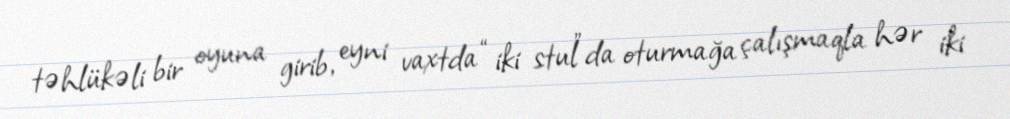
təhlükəli bir oyuna girib, eyni vaxtda “iki stul”da oturmağa çalışmaqla hər iki